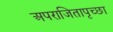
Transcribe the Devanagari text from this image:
अपराजितापृच्छा